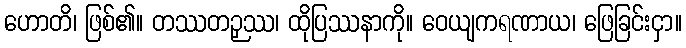
ဟောတိ၊ ဖြစ်၏။ တဿတဉှဿ၊ ထိုပြဿနာကို။ ဝေယျကရဏာယ၊ ဖြေခြင်းငှာ။